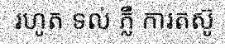
រហូត ទល់ ភ្លឺ ការតស៊ូ